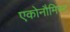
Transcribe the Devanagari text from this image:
एकोनौमिस्ट